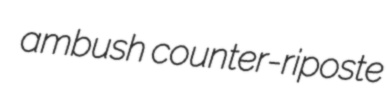
ambush counter-riposte